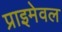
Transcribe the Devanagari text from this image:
प्राइमेवल